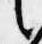
言